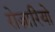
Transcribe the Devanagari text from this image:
रोज़ारियो